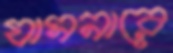
যাসনারে